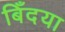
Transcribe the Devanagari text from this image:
बिँदया